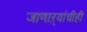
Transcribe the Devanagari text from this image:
जाणाऱ्यांचीही